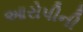
આરોપીની